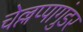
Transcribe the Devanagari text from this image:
चेल्लप्पागुंडर